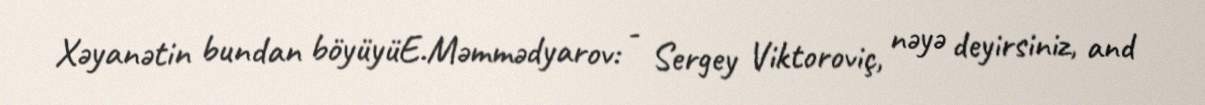
Xəyanətin bundan böyüyüE.Məmmədyarov: - Sergey Viktoroviç, nəyə deyirsiniz, and